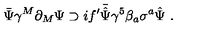
\bar { \Psi } \gamma ^ { M } \partial _ { M } \Psi \supset i f ^ { \prime } \bar { \hat { \Psi } } \gamma ^ { 5 } \beta _ { a } \sigma ^ { a } \hat { \Psi } \ .